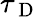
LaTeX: \tau_{\mathrm{~D~}}